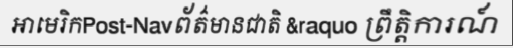
អាមេរិកPost-Navព័ត៌មានជាតិ &raquo ព្រឹត្តិការណ៍